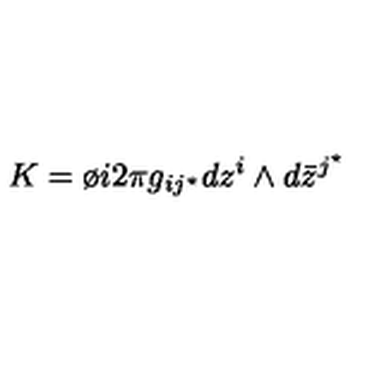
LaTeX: K = \o { i } { 2 \pi } g _ { i j ^ { \star } } d z ^ { i } \wedge d { \bar { z } } ^ { j ^ { \star } }